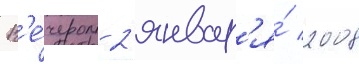
В'е́чером 2 январ'я́ 2008